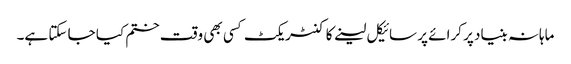
ماہانہ بنیاد پر کرائے پر سائیکل لینے کا کنٹریکٹ کسی بھی وقت ختم کیا جا سکتا ہے۔